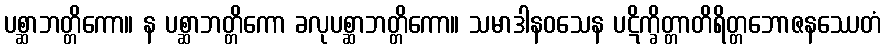
ပစ္ဆာဘတ္တိကော။ န ပစ္ဆာဘတ္တိကော ခလုပစ္ဆာဘတ္တိကော။ သမာဒါနဝသေန ပဋိက္ခိတ္တာတိရိတ္တဘောဇနဿေတံ